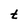
Character: t